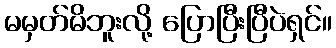
မမှတ်မိဘူးလို့ ပြောပြီးပြီပဲရှင်။